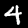
Label: 4